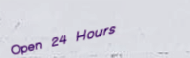
Open 24 Hours